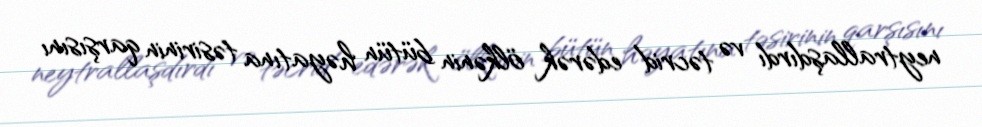
neytrallaşdırdı və təcrid edərək ölkənin bütün həyatına təsirinin qarşısını